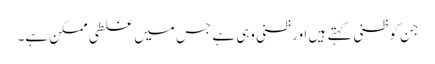
جن کو ظنی کہتے ہیں اور ظنی وہی ہے جس میں غلطی ممکن ہے۔